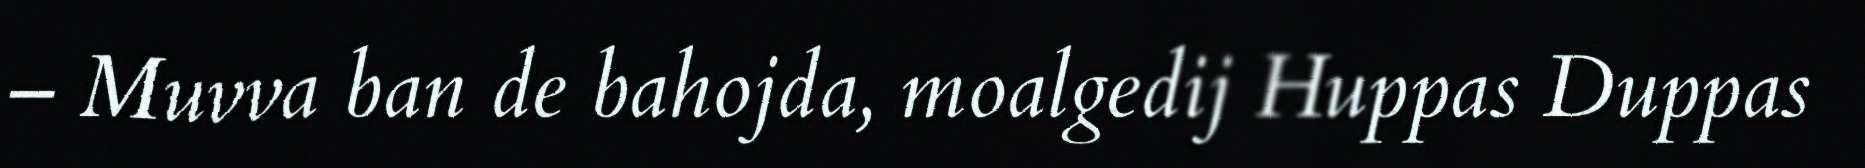
– Muvva ban de bahojda, moalgedij Huppas Duppas